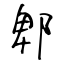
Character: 郫